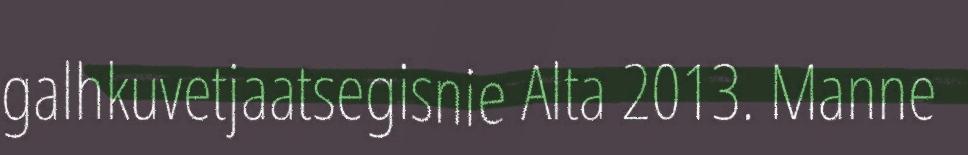
galhkuvetjaatsegisnie Alta 2013. Manne